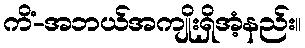
ကိံ-အဘယ်အကျိုးရှိအံ့နည်း။